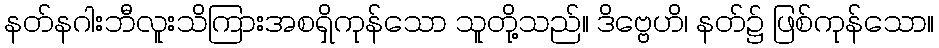
နတ်နဂါးဘီလူးသိကြားအစရှိကုန်သော သူတို့သည်။ ဒိဗ္ဗေဟိ၊ နတ်၌ ဖြစ်ကုန်သော။